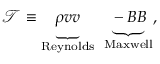
\boldsymbol { \mathcal { T } } \equiv \underbrace { \rho \boldsymbol { v } \boldsymbol { v } } _ { \mathrm { R e y n o l d s } } \: \: \underbrace { - \boldsymbol { B } \boldsymbol { B } } _ { \mathrm { M a x w e l l } } ,